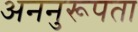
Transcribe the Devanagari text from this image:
अननुरूपता